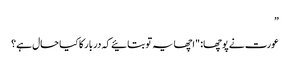
”
عورت نے پوچھا: "اچھا یہ تو بتائیے کہ دربار کا کیا حال ہے؟